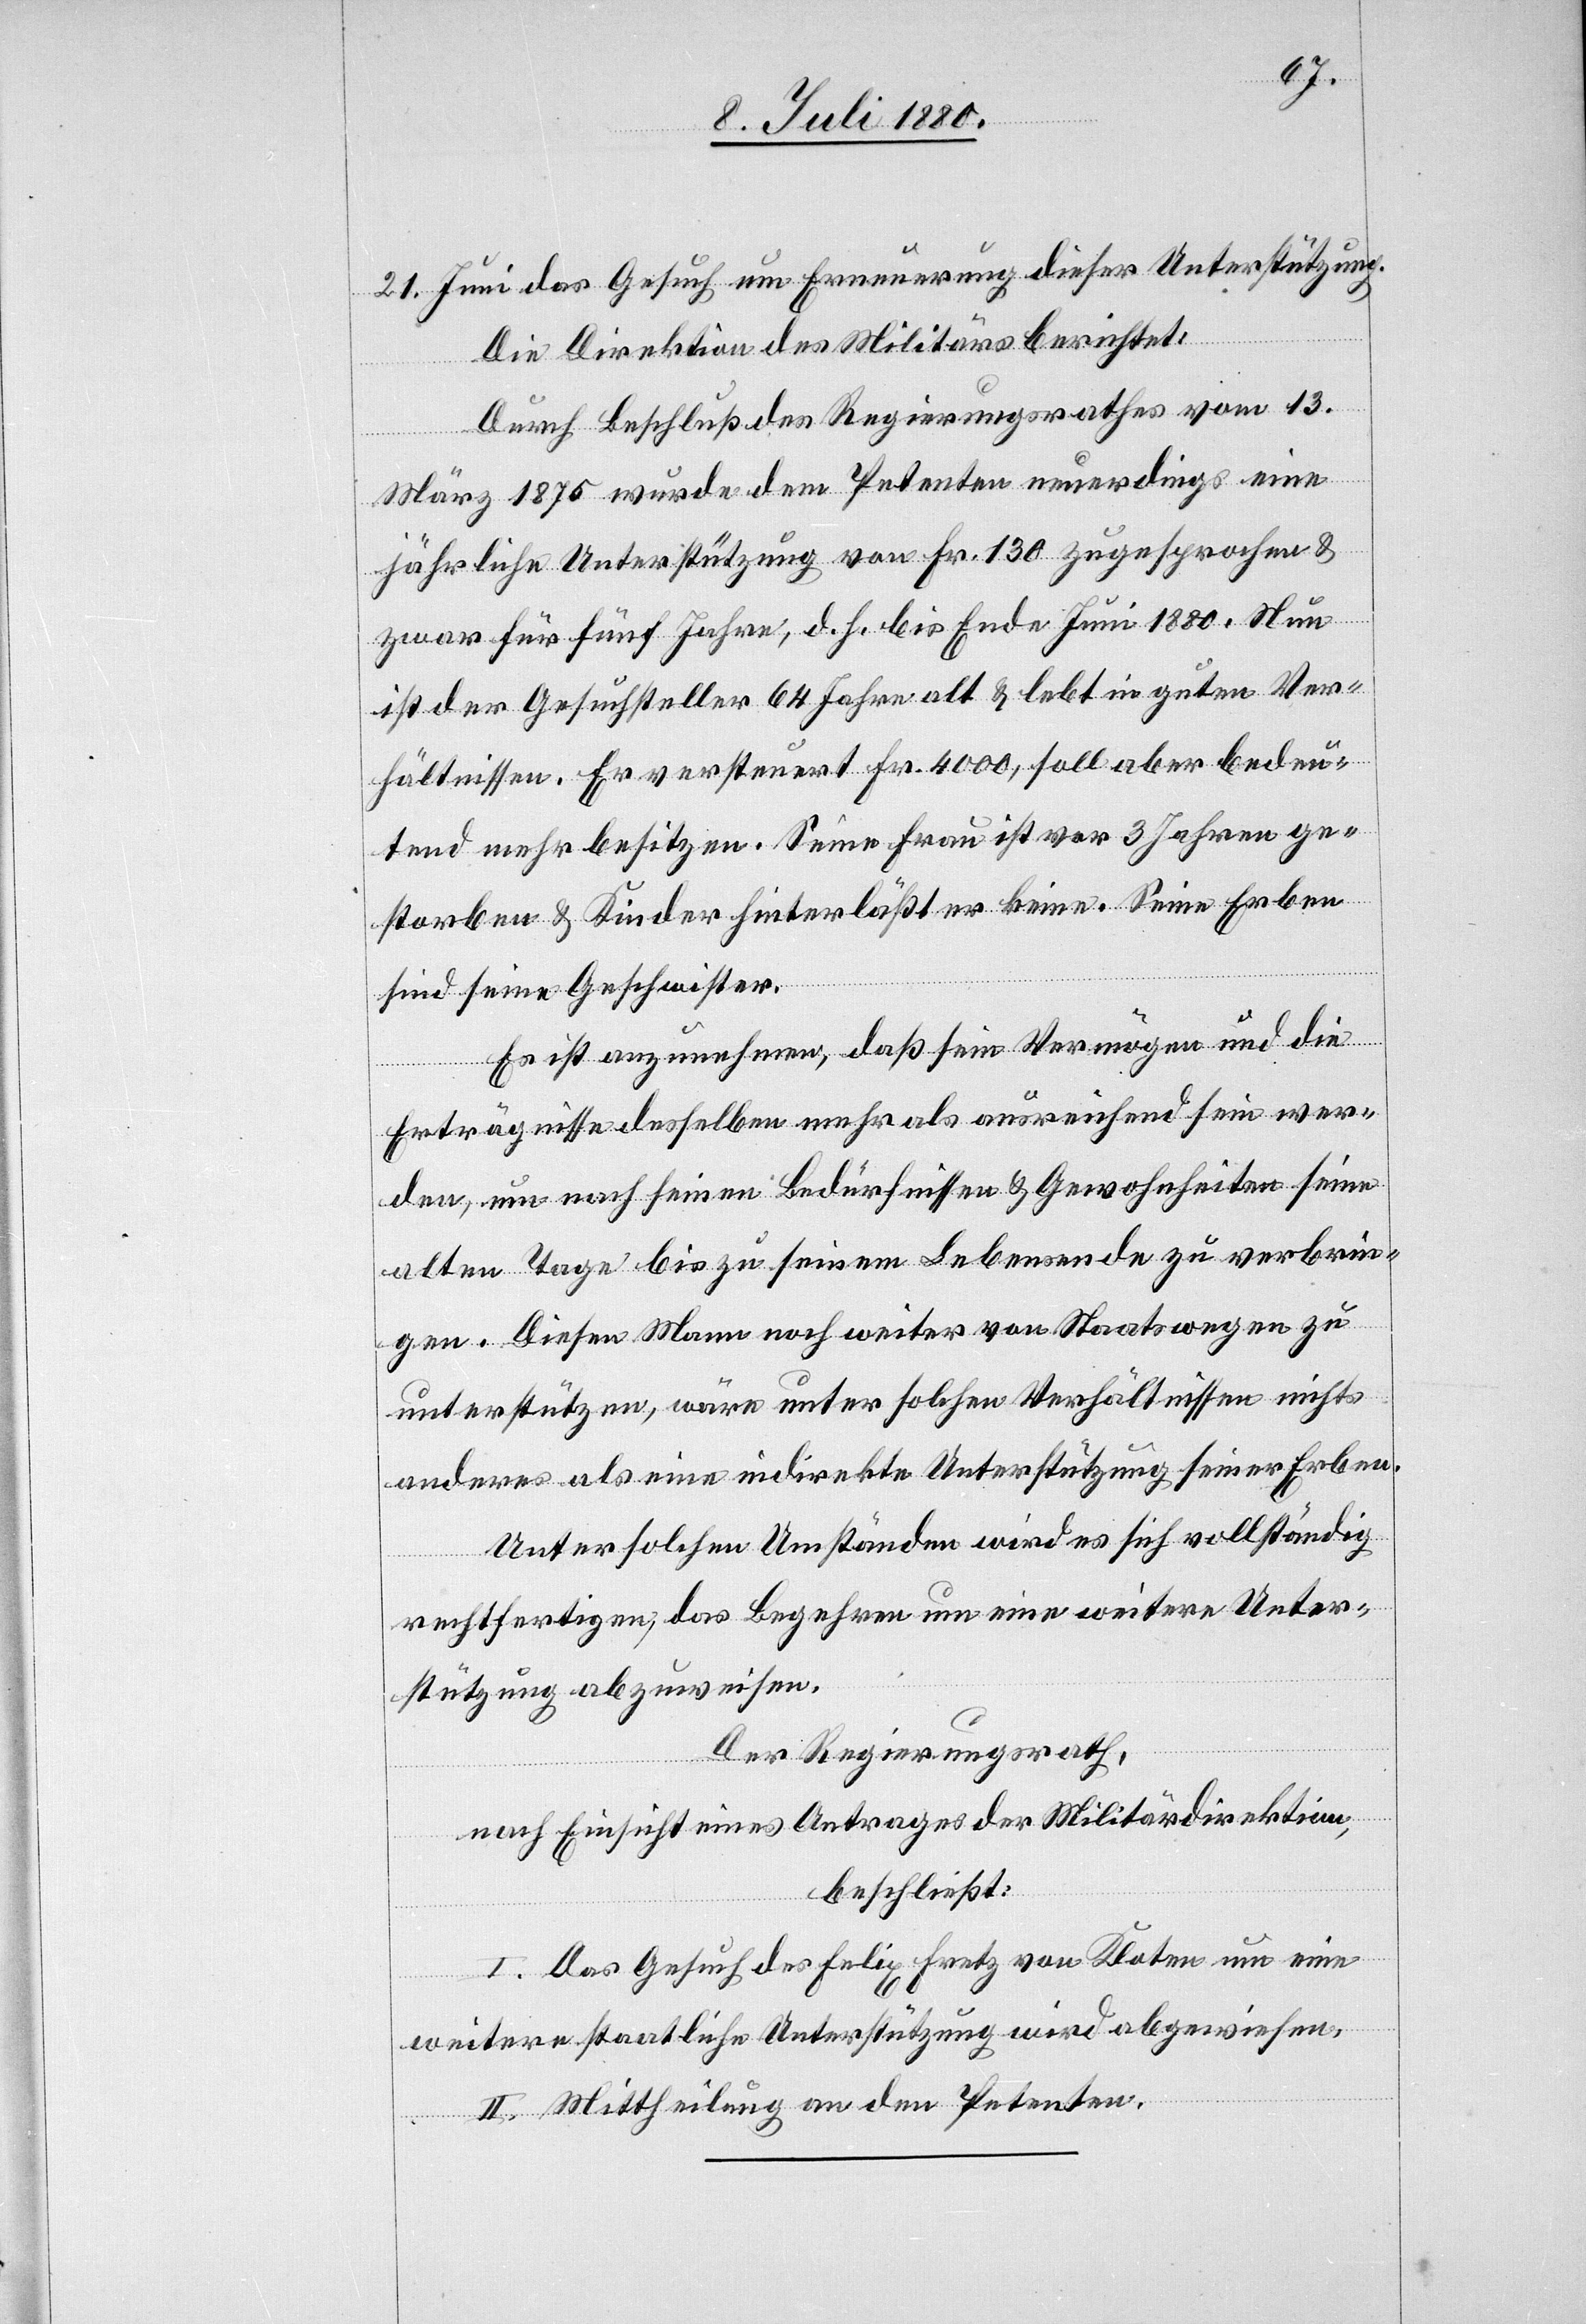
21. Juni das Gesuch um Erneuerung dieser Unterstützung.
Die Direktion des Militärs berichtet:
Durch Beschluß des Regierungsrathes vom 13.
März 1875 wurde dem Petenten neuerdings eine
jährliche Unterstützung von Fr. 130 zugesprochen &
zwar für fünf Jahre, d. h. bis Ende Juni 1880. Nun
ist der Gesuchsteller 64 Jahre alt & lebt in guten Ver¬
hältnissen. Er versteuert Fr. 4000, soll aber bedeu¬
tend mehr besitzen. Seine Frau ist vor 3 Jahren ge¬
storben & Kinder hinterläßt er keine. Seine Erben
sind seine Geschwister.
Es ist anzunehmen, daß sein Vermögen und die
Erträgnisse desselben mehr als ausreichend sein wer¬
den, um nach seinen Bedürfnissen & Gewohnheiten seine
alten Tage bis zu seinem Lebensende zu verbrin¬
gen. Diesen Mann noch weiter von Staatswegen zu
unterstützen, wäre unter solchen Verhältnissen nichts
anderes als eine indirekte Unterstützung seiner Erben.
Unter solchen Umständen wird es sich vollständig
rechtfertigen, das Begehren um eine weitere Unter¬
stützung abzuweisen.
Der Regierungsrath,
nach Einsicht eines Antrages der Militärdirektion,
beschließt:
I. Das Gesuch des Felix Fretz von Kloten um eine
weitere staatliche Unterstützung wird abgewiesen.
II. Mittheilung an den Petenten.